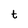
Character: t